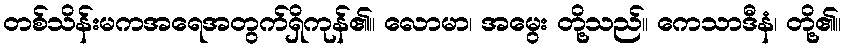
တစ်သိန်းမကအရေအတွက်ရှိကုန်၏။ လောမာ၊ အမွေး တို့သည်။ ကေသာဒီနံ၊ တို့၏။